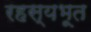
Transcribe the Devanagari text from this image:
रहस्यभूत